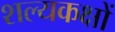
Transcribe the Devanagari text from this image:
शल्यकक्षों